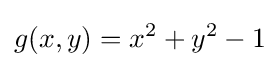
g(x,y)=x^{2}+y^{2}-1